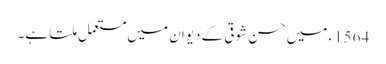
1564ء میں حسن شوقی کے دیوان میں مستعمل ملتا ہے۔